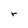
Character: r